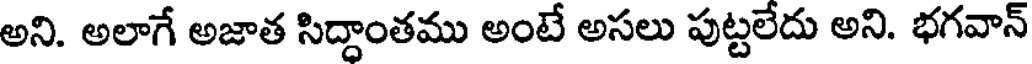
అని. అలాగే అజాత సిద్దాంతము అంటే అసలు పుట్టలేదు అని. భగవాన్